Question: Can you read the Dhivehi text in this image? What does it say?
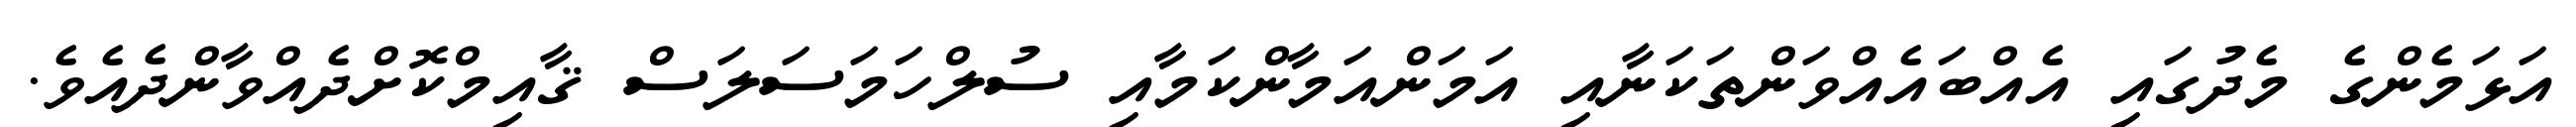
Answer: އަޅަމެންގެ މެދުގައި އެއްބައެއްވަންތަކަނާއި އަމަންއަމާންކަމާއި ސުލްހަމަސަލަސް ޤާއިމްކޮށްދެއްވާންދެއެވެ.